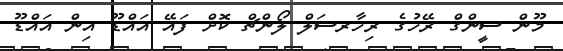
މޫން ސީންގް ރޭހުގެ ރިހާރސަލް ލޯންޗް ކޮށް ފައޭ އައްޑޫ އިން އައްޑޫ